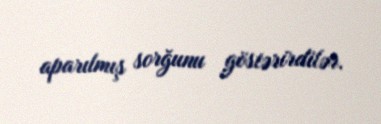
aparılmış sorğunu göstərirdilər.